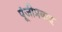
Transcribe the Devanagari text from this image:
पूंजीप्रवाह